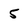
Character: 5